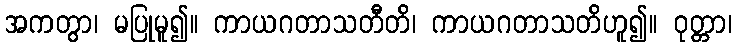
အကတွာ၊ မပြုမူ၍။ ကာယဂတာသတီတိ၊ ကာယဂတာသတိဟူ၍။ ဝုတ္တာ၊